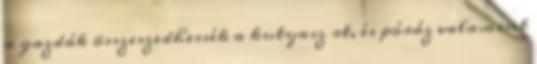
a gazdák összeszedhessék a kutyasz rt, és póráz valamint